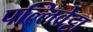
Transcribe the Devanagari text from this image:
पल्लिवेट्टा